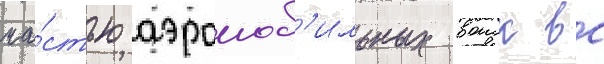
ча́стью аэромоб'ильных воиск вс